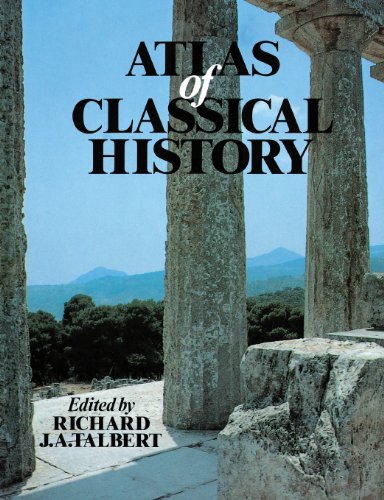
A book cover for Atlas of Classical History; Richard J.A. Talbert; History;